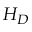
H _ { D }